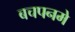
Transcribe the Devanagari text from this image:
बचपनमे